Calcutta medical institutions reports 1892-1900
Year: 1892
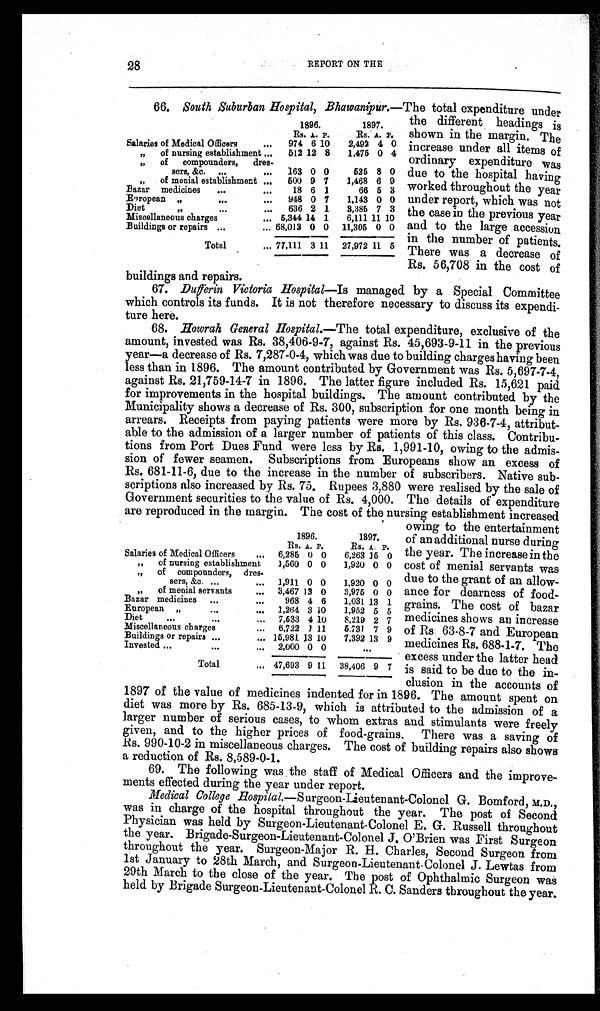
28
REPORT ON THE
66. South Suburban Hospital, Bhawanipur.— The total expenditure under
1896.
1897.
Rs. A. P.
Rs.
A. P.
Salaries of Medical Officers
. . . 974 6 10
2,492 4 0
„ of nursing establishment ... 512 12 8
1,475 0 4
„ of compounders, dres-
sers, &c. ...
... 163 0 0
525 8 0
„ of menial establishment ... 500 9 7
1,468 6 9
Bazar medicines ...
...
18 6 1
66 5 3
European
„
. . .
... 948 0 7
1,143 0 0
Diet
„
. . .
... 636 2 1
3,385 7 3
Miscellaneous charges
... 5,344 14 1
6,111 11 10
Buildings or repairs ...
... 68,013 0 0 11,305 0 0
Total
... 77,111 3 11 27,972 11 5
the different headings is
shown in the margin. The
increase under all items of
ordinary expenditure was
due to the hospital having
worked throughout the year
under report, which was not
the case in the previous year
and to the large accession
in the number of patients.
There was a decrease of
Rs. 56,708 in the cost of
buildings and repairs.
67. Dufferin Victoria Hospital—Is managed by a Special Committee
which controls its funds. It is not therefore necessary to discuss its expendi-
ture here.
68. Howrah General Hospital.—The total expenditure, exclusive of the
amount, invested was Rs. 38,406-9-7, against Rs. 45,693-9-11 in the previous
year—a decrease of Rs. 7,287-0-4, which was due to building charges having been
less than in 1896. The amount contributed by Government was Rs. 5,697-7-4,
against Rs. 21,759-14-7 in 1896. The latter figure included Rs. 15,621 paid
for improvements in the hospital buildings. The amount contributed by the
Municipality shows a decrease of Rs. 300, subscription for one month being in
arrears. Receipts from paying patients were more by Rs. 936-7-4, attribut-
able to the admission of a larger number of patients of this class. Contribu-
tions from Port Dues Fund were less by Rs. 1,991-10, owing to the admis-
sion of fewer seamen. Subscriptions from Europeans show an excess of
Rs. 681-11-6, due to the increase in the number of subscribers. Native sub-
scriptions also increased by Rs. 75. Rupees 3,880 were realised by the sale of
Government securities to the value of Rs. 4,000. The details of expenditure
are reproduced in the margin. The cost of the nursing establishment increased
1896.
1897.
Rs. A. P.
Rs. A. P.
Salaries of Medical Officers
... 6,285 0 0
6,263 15 0
„ of nursing establishment
1,560 0 0
1,920 0 0
„ of compounders, dres-
sers, &c. ...
... 1,911 0 0
1,920 0 0
„ of menial servants
... 3,467 13 0
3,975 0 0
Bazar medicines ...
...
968 4 6
1,031 13 1
European
„
. . .
... 1,264 3 10
1,952 5 5
Diet
...
. . .
... 7,533 4 10
8,219 2 7
Miscellaneous charges
... 6,722 1 11 5.731 7 9
Buildings or repairs ...
... 15,981 13 10
7,392 13 9
Invested ...
. . .
... 2,000 0 0
...
Total
... 47,693 9 11 38,406 9 7
owing to the entertainment
of an additional nurse during
the year. The increase in the
cost of menial servants was
due to the grant of an allow-
ance for dearness of food-
grains. The cost of bazar
medicines shows an increase
of Rs. 63-8-7 and European
medicines Rs. 688-1-7. The
excess under the latter head
is said to be due to the in-
clusion in the accounts of
1897 of the value of medicines indented for in 1896. The amount spent on
diet was more by Rs. 685-13-9, which is attributed to the admission of a
larger number of serious cases, to whom extras and stimulants were freely
given, and to the higher prices of food-grains. There was a saving of
Rs. 990-10-2 in miscellaneous charges. The cost of building repairs also shows
a reduction of Rs. 8,589-0-1.
69. The following was the staff of Medical Officers and the improve-
ments effected during the year under report.
Medical College Hospital.—Surgeon-Lieutenant-Colonel G. Bamford, M.D.,
was in charge of the hospital throughout the year. The post of Second
Physician was held by Surgeon-Lieutenant-Colonel E. G. Russell throughout
the year. Brigade-Surgeon-Lieutenant-Colonel J. O'Brien was First Surgeon
throughout the year. Surgeon-Major R. H. Charles, Second Surgeon from
1st January to 28th March, and Surgeon-Lieutenant-Colonel J. Lewtas from
29th March to the close of the year. The post of Ophthalmic Surgeon was
held by Brigade Surgeon-Lieutenant-Colonel R. C. Sanders throughout the year.